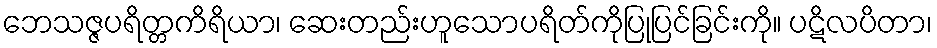
ဘေသဇ္ဇပရိတ္တကိရိယာ၊ ဆေးတည်းဟူသောပရိတ်ကိုပြုပြင်ခြင်းကို။ ပဋိလပိတာ၊